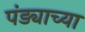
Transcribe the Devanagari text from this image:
पंड्याच्या